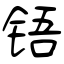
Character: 铻